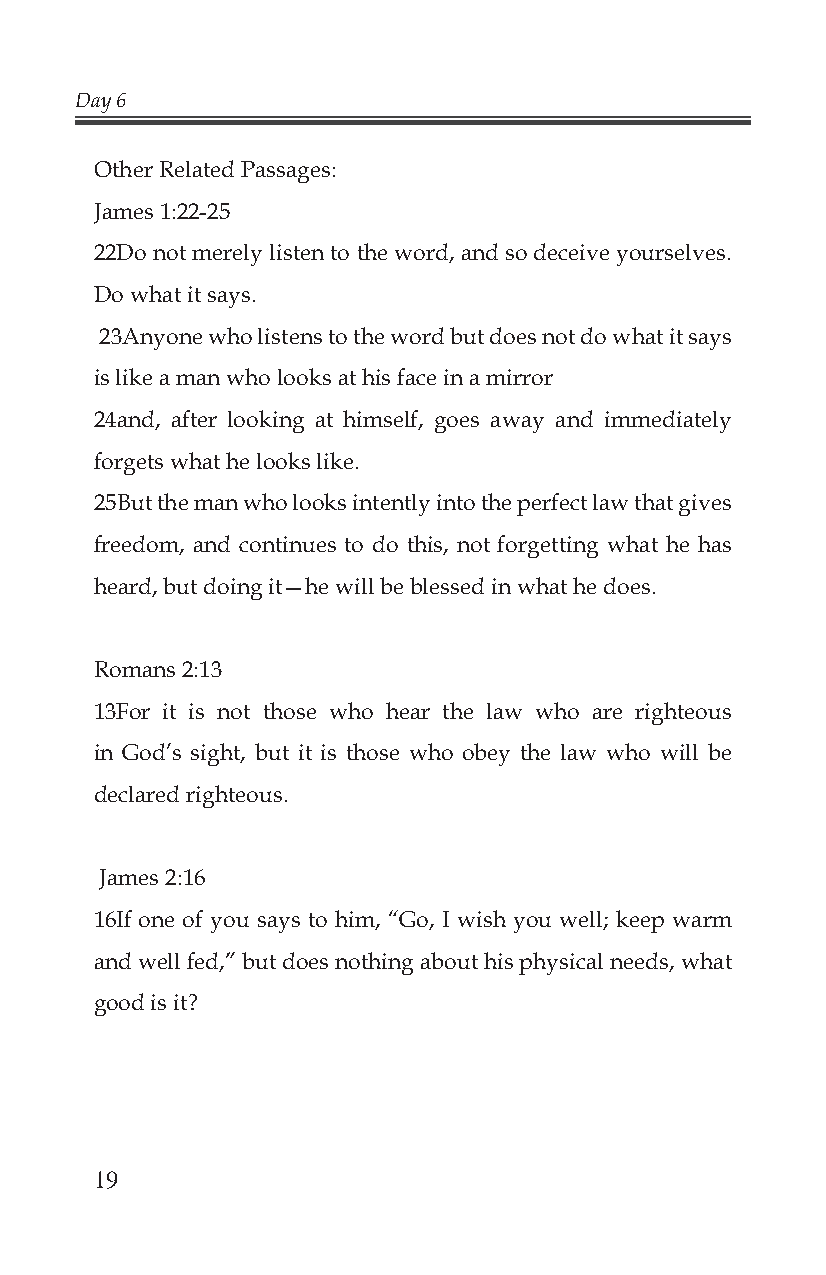
Day 6
 Other Related Passages:
 James 1:22-25
 22Do not merely listen to the word, and so deceive yourselves.
 Do what it says.
 23Anyone who listens to the word but does not do what it says
 is like a man who looks at his face in a mirror
 24and, after looking at himself, goes away and immediately
 forgets what he looks like.
 25But the man who looks intently into the perfect law that gives
 freedom, and continues to do this, not forgetting what he has
 heard, but doing it—he will be blessed in what he does.
 Romans 2:13
 13For it is not those who hear the law who are righteous
 in God’s sight, but it is those who obey the law who will be
 declared righteous.
 James 2:16
 16If one of you says to him, “Go, I wish you well; keep warm
 and well fed,” but does nothing about his physical needs, what
 good is it?
 19